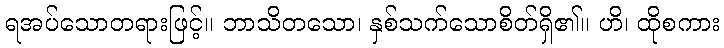
ရအပ်သောတရားဖြင့်။ ဘာသိတသော၊ နှစ်သက်သောစိတ်ရှိ၏။ ဟိ၊ ထိုစကား